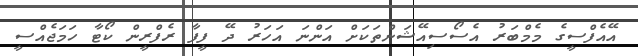
އޭއެފްސީގެ މެމްބަރު އެސޯސިއޭޝަންތަކަށް އަންނަ އަހަރު ދޭ ފީފާ ރެފްރީން ކޯޓާ ހަމަޖެއްސީ